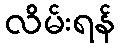
လိမ်းရန်